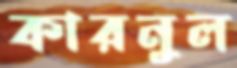
কারনুল